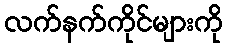
လက်နက်ကိုင်များကို